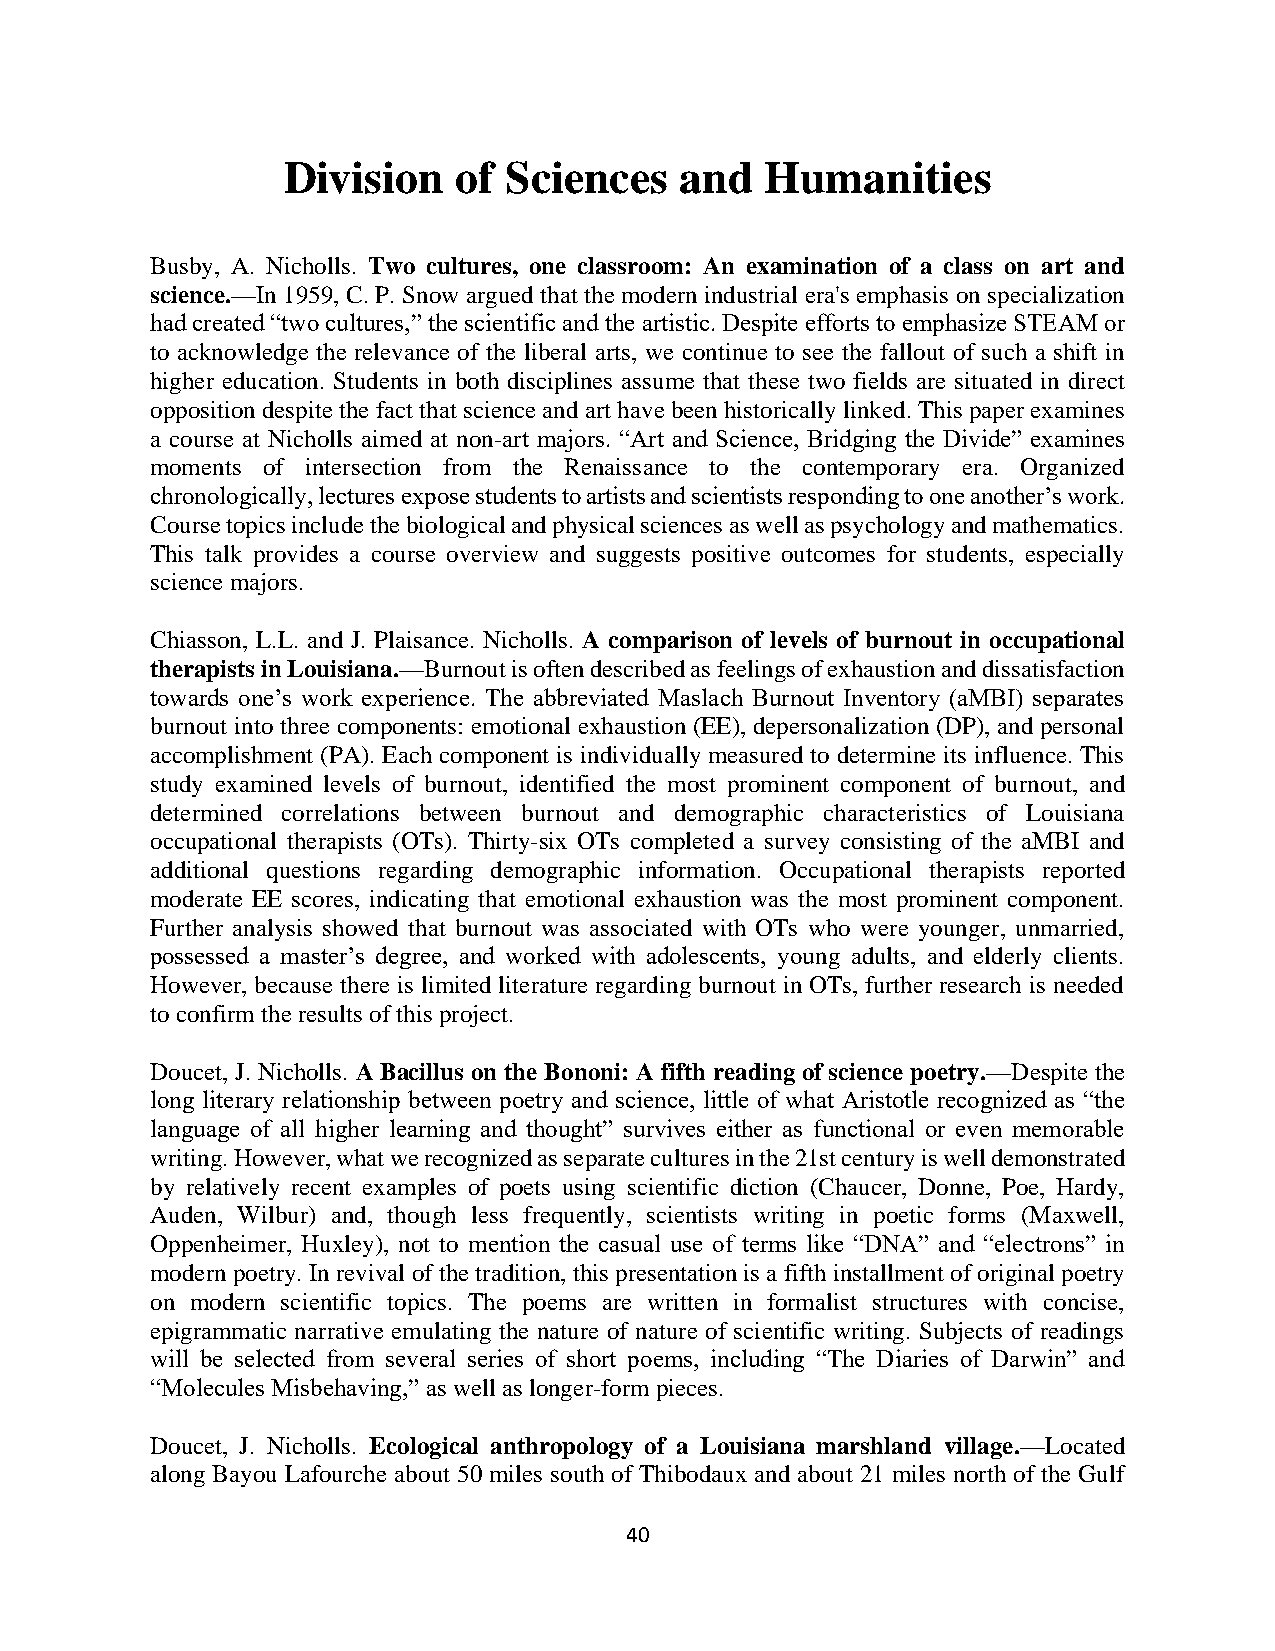
Division   of Sciences    and   Humanities
 Busby, A. Nicholls. Two cultures, one classroom: An examination of a class on art and
 science.—In 1959, C. P. Snow argued that the modern industrial era's emphasis on specialization
 had created “two cultures,” the scientific and the artistic. Despite efforts to emphasize STEAM or
 to acknowledge the relevance of the liberal arts, we continue to see the fallout of such a shift in
 higher education. Students in both disciplines assume that these two fields are situated in direct
 opposition despite the fact that science and art have been historically linked. This paper examines
 a course at Nicholls aimed at non-art majors. “Art and Science, Bridging the Divide” examines
 moments of intersection from the Renaissance to the contemporary era. Organized
 chronologically, lectures expose students to artists and scientists responding to one another’s work.
 Course topics include the biological and physical sciences as well as psychology and mathematics.
 This talk provides a course overview and suggests positive outcomes for students, especially
 science majors.
 Chiasson, L.L. and J. Plaisance. Nicholls. A comparison of levels of burnout in occupational
 therapists in Louisiana.—Burnout is often described as feelings of exhaustion and dissatisfaction
 towards one’s work experience. The abbreviated Maslach Burnout Inventory (aMBI) separates
 burnout into three components: emotional exhaustion (EE), depersonalization (DP), and personal
 accomplishment (PA). Each component is individually measured to determine its influence. This
 study examined levels of burnout, identified the most prominent component of burnout, and
 determined correlations between burnout and demographic characteristics of Louisiana
 occupational therapists (OTs). Thirty-six OTs completed a survey consisting of the aMBI and
 additional questions regarding demographic information. Occupational therapists reported
 moderate EE scores, indicating that emotional exhaustion was the most prominent component.
 Further analysis showed that burnout was associated with OTs who were younger, unmarried,
 possessed a master’s degree, and worked with adolescents, young adults, and elderly clients.
 However, because there is limited literature regarding burnout in OTs, further research is needed
 to confirm the results of this project.
 Doucet, J. Nicholls. A Bacillus on the Bononi: A fifth reading of science poetry.—Despite the
 long literary relationship between poetry and science, little of what Aristotle recognized as “the
 language of all higher learning and thought” survives either as functional or even memorable
 writing. However, what we recognized as separate cultures in the 21st century is well demonstrated
 by relatively recent examples of poets using scientific diction (Chaucer, Donne, Poe, Hardy,
 Auden, Wilbur) and, though less frequently, scientists writing in poetic forms (Maxwell,
 Oppenheimer, Huxley), not to mention the casual use of terms like “DNA” and “electrons” in
 modern poetry. In revival of the tradition, this presentation is a fifth installment of original poetry
 on modern scientific topics. The poems are written in formalist structures with concise,
 epigrammatic narrative emulating the nature of nature of scientific writing. Subjects of readings
 will be selected from several series of short poems, including “The Diaries of Darwin” and
 “Molecules Misbehaving,” as well as longer-form pieces.
 Doucet, J. Nicholls. Ecological anthropology of a Louisiana marshland village.—Located
 along Bayou Lafourche about 50 miles south of Thibodaux and about 21 miles north of the Gulf
 40